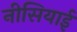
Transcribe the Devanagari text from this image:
नीसियाई